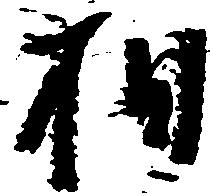
相